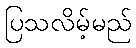
ပြသလိမ့်မည်